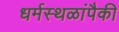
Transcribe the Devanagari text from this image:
धर्मस्थळांपैकी